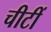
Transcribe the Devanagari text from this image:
चीटीं